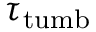
\tau _ { \mathrm { t u m b } }